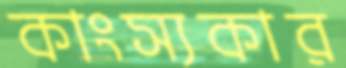
কাংস্যকার